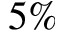
{ 5 \% }